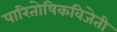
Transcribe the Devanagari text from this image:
पारितोषिकविजेती